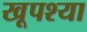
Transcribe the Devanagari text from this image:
खूपश्या